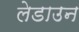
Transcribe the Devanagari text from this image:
लेडाउन